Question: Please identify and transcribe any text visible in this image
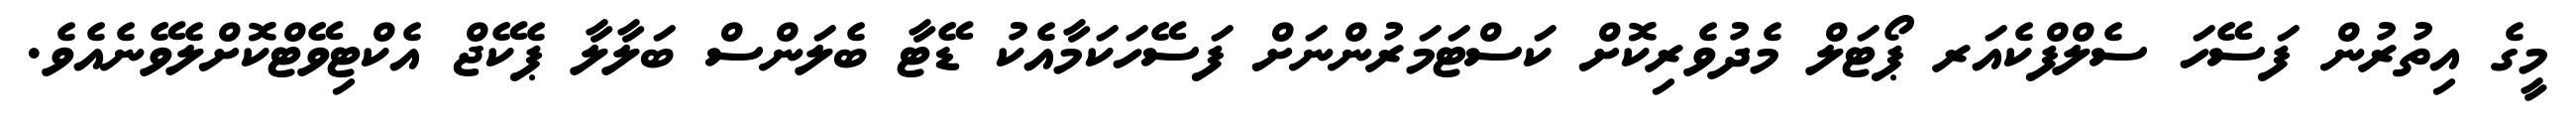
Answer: މީގެ އިތުރުން ފަސޭހަ ސެލްފްކެއަރ ޕޯޓަލް މެދުވެރިކޮށް ކަސްޓަމަރުންނަށް ފަސޭހަކަމާއެކު ޑޭޓާ ބެލަންސް ބަލާލާ ޕެކޭޖް އެކްޓިވޭޓްކޮށްލެވޭނެއެވެ.